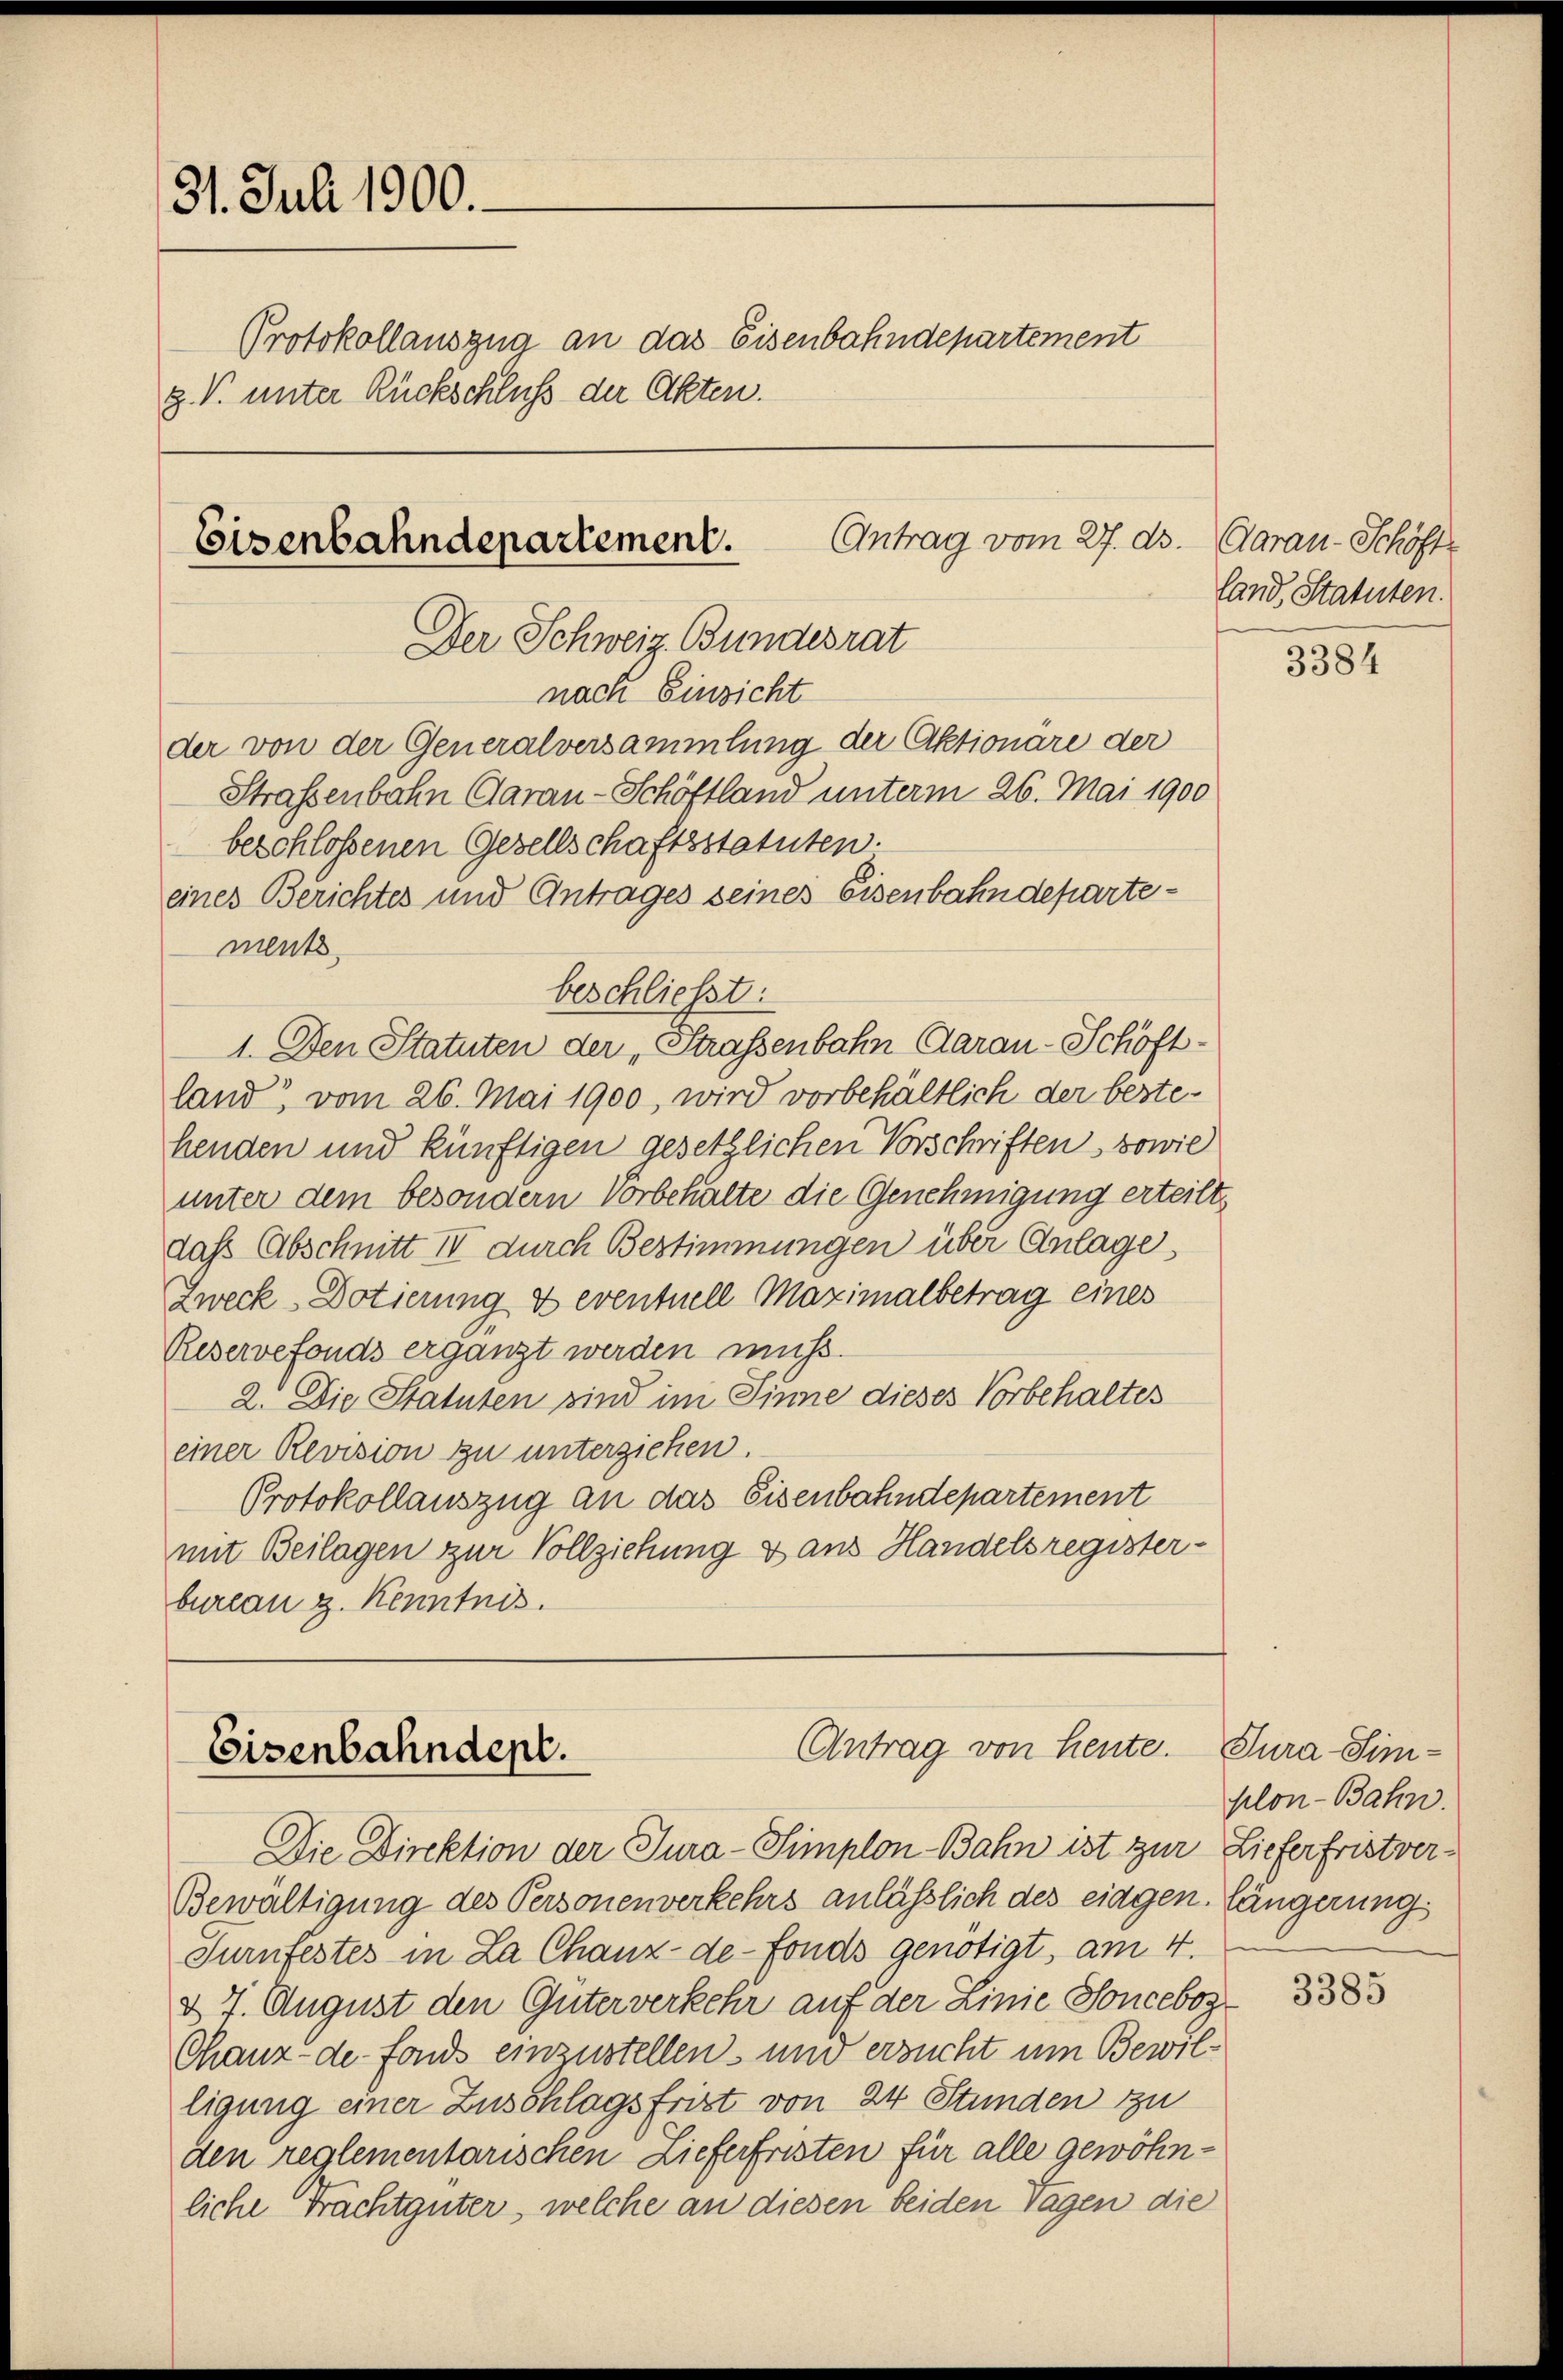
31. Juli 1900.
Protokollauszug an das Eisenbahndepartement
z. V. unter Rückschluß der Akten.
Antrag vom 27. ds.
Eisenbahndepartement.
Der Schweiz. Bundesrat

ments

1. Den Statuten der „Strassenbahn Garan-Schöffland vom 26. Mai 1900, wird vorbehältlich der bestehenden und künftigen gesetzlichen Vorschriften, sowie
unter dem besondern Vorbehalte die Genehmigung erteilt,
dass Abschnitt II durch Bestimmungen über Anlage
Zweck-Dotierung & eventuell Maximalbetrag eines
Reservefonds ergänzt werden muss.
2. Die Statuten sind im Sinne dieses Vorbehaltes
einer Revision zu unterziehen.
Protokollauszug an das Eisenbahndepartement
mit Beilagen zur Vollziehung & aus Handelsregister-
bureau z. Kenntnis.

Antrag von heute.
Eisenbahndept.

nach Einsicht
der von der Generalversammlung der Aktionäre der

beschlossenen Gesellschaftsstatuten.
eines Berichtes und Antrages seines Eisenbahndeparte¬

Straßenbahn Garan-Schöftland unterm 26. Mai 1900

beschließt:

Die Direktion der Tura-Simplon Bahn ist zur Lieferfristver¬
Bewältigung des Personenverkehrs anlässlich des eidgen. Längerung
Surnfestes in La Chanz-de-Fonds genötigt, am 4.
d 7. August den Güterverkehr auf der Linie Sonceboz¬
Chanz-de fonds einzustellen, und ersucht um Bewilligung einer Zuschlagsfrist von 24 Stunden zu
den reglementarischen Lieferfristen für alle gewöhnliche Frachtgüter, welche an diesen beiden Tagen die

Aarau - Schöff
land, Statuten.

3384

Tura-Simplon-Bahn.

3385